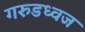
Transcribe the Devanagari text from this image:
गरुडध्वज